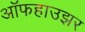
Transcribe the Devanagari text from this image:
ऑफहाउझर